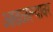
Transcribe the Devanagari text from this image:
आढळल्यावर